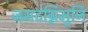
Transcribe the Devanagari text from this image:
जमदग्निमुनि